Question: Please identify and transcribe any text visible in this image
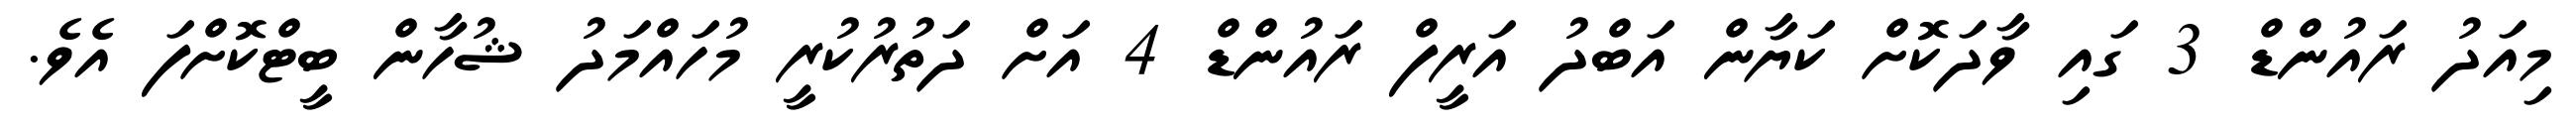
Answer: މިއަދު ރައުންޑް 3 ގައި ވާދަކޮށް ކަޔާން އަބްދު އަރީފް ރައުންޑް 4 އަށް ދަތުރުކުރީ މުހައްމަދު ޝުހާން ބީޓްކޮށްފަ އެވެ.